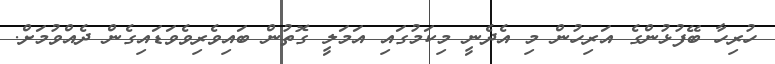
ހުރިހާ ބޭފުޅުންގެ އަރިހުން މި އެދެނީ މިކަމުގައި އަމަލީ ގޮތުން ބައިވެރިވެވަޑައިގެން ދެއްވުމަށް.